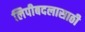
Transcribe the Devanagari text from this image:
लिपीबदलासाठी